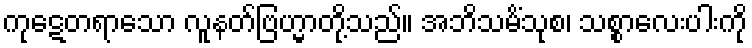
ကုဋေတရာသော လူနတ်ဗြဟ္မာတို့သည်။ အဘိသမိံသုစ၊ သစ္စာလေးပါးကို